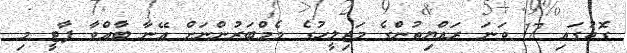
ގޮތުގައި 17 ވަނަ ރައްޔިތުންގެ މަޖިލީހުގެ މެމްބަރުންނަށް އޭނާ ބާއްވާ ޕާޓީ މި